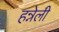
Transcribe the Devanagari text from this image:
हन्नेली